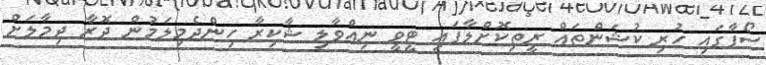
ސޯފާގައި ހުރި ކުޝަންތައް ރީތިކޮށްލާފައި ޓީވީ ނިއްވާލި ޝާކިރާ ހިންދެމިލަމުން ދޮރާ ދިމާލަށް